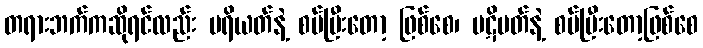
တရားဘက်ကဆိုရင်လည်း ပရိယတ်နဲ့ စပ်ပြီးတော့ ဖြစ်စေ၊ ပဋိပတ်နဲ့ စပ်ပြီးတော့ဖြစ်စေ